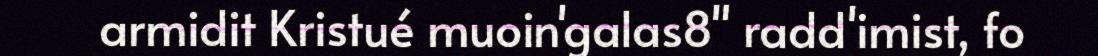
armidit Kristué muoin'galas8" radd'imist, fo